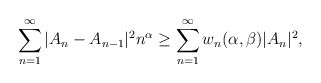
\begin{align*}{}\displaystyle\sum_{n=1}^{\infty}|A_{n}-A_{n-1}|^{2}n^{\alpha} &\geq \displaystyle\sum_{n=1}^{\infty}w_{n}(\alpha,\beta)|A_{n}|^{2},\end{align*}